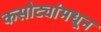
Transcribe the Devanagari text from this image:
कसोट्यांमधून